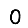
Digit: 0